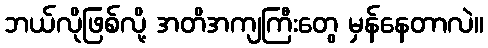
ဘယ်လိုဖြစ်လို့ အတိအကျကြီးတွေ မှန်နေတာလဲ။